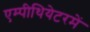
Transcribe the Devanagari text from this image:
एम्पीथियेटरमें